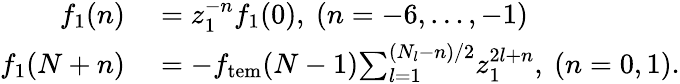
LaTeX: \begin{array}{rl}{f_{1}(n)}&{{}=z_{1}^{-n}f_{1}(0),\ (n=-6,\ldots,-1)}\\ {f_{1}(N+n)}&{{}=-f_{\mathrm{tem}}(N-1){\sum_{l=1}^{(N_{l}{-n})/2}}z_{1}^{2l+n},\ (n=0,1).}\end{array}